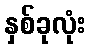
နှစ်ခုလုံး